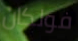
فولكان